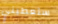
ستعطيني